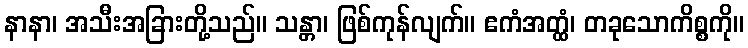
နာနာ၊ အသီးအခြားတို့သည်။ သန္တာ၊ ဖြစ်ကုန်လျက်။ ဧကံအတ္ထံ၊ တခုသောကိစ္စကို။